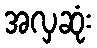
အလှဆုံး